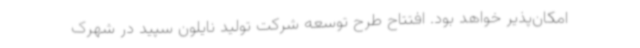
امکان‌پذیر خواهد بود. افتتاح طرح توسعه شرکت تولید نایلون سپید در شهرک